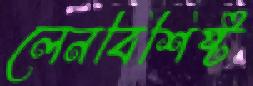
লেনবিশিষ্ট